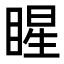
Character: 睲